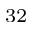
^ { 3 2 }